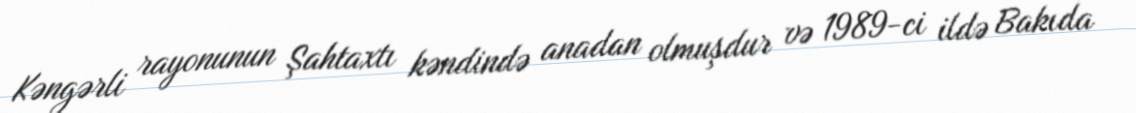
Kəngərli rayonunun Şahtaxtı kəndində anadan olmuşdur və 1989-ci ildə Bakıda